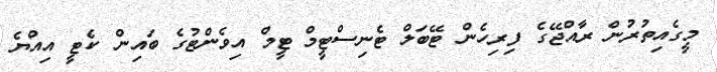
މީގެއިތުރުން ރާއްޖޭގެ ފިރިހެން ޓޭބަލް ޓެނިސްޓީމް ޓީމް އިވެންޓުގެ ބައިން ކެޓީ އިއްޔެ